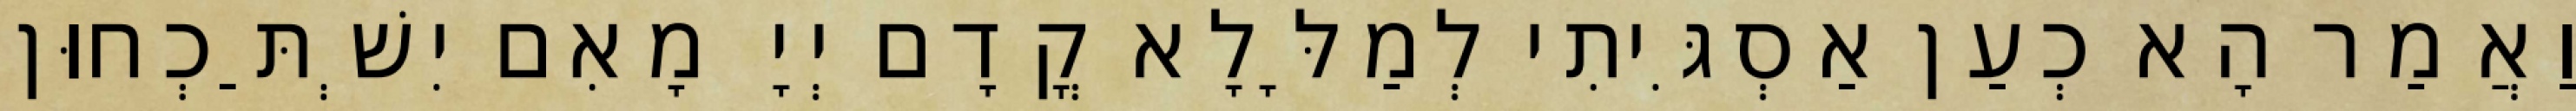
וַאֲמַר הָא כְעַן אַסְגִּיתִי לְמַלָּלָא קֳדָם יְיָ מָאִם יִשְׁתַּכְחוּן